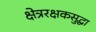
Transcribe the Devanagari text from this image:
क्षेत्ररक्षकसुद्धा